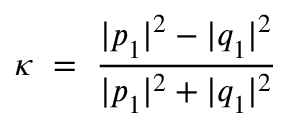
\kappa \; = \; \frac { | p _ { 1 } ^ { ~ } | ^ { 2 } - | q _ { 1 } ^ { ~ } | ^ { 2 } } { | p _ { 1 } ^ { ~ } | ^ { 2 } + | q _ { 1 } ^ { ~ } | ^ { 2 } } \;